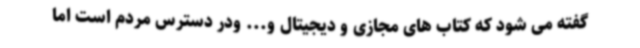
گفته می شود که کتاب های مجازی و دیجیتال و... ودر دسترس مردم است اما